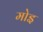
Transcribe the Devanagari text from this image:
मोइ